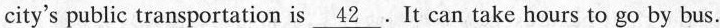
city's public transportation is\underline{42}.It can take hours to go by bus.